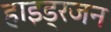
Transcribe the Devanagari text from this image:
हाइड्रजन